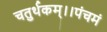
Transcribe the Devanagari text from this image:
चतुर्थकम्।।पंचमं